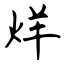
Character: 烊